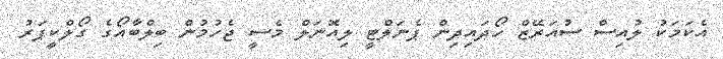
އެކަަމަކު ލުއިސް ސުއަރޭޒް ހޯދައިދިން ޕެނަލްޓީ ލިއޮނަލް މެސީ ޖެހުމުން ބިލްބާއޯގެ ގޯލްކީޕަރު